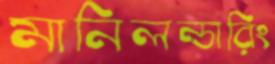
মানিলন্ডারিং